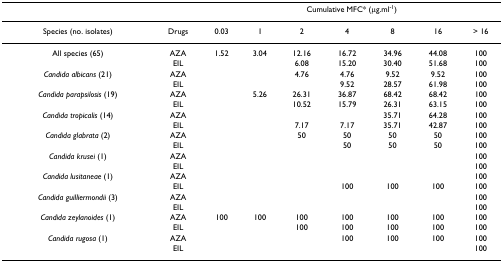
<table><thead><tr><td></td><td></td><td colspan="7"><b>Cumulative MFC* (μg.ml<sup>-1</sup>)</b></td></tr></thead><tbody><tr><td>Species (no. isolates)</td><td>Drugs</td><td>0.03</td><td>1</td><td>2</td><td>4</td><td>8</td><td>16</td><td>&gt; 16</td></tr><tr><td>All species (65)</td><td>AZA</td><td>1.52</td><td>3.04</td><td>12.16</td><td>16.72</td><td>34.96</td><td>44.08</td><td>100</td></tr><tr><td></td><td>EIL</td><td></td><td></td><td>6.08</td><td>15.20</td><td>30.40</td><td>51.68</td><td>100</td></tr><tr><td><i>Candida albicans </i>(21)</td><td>AZA</td><td></td><td></td><td>4.76</td><td>4.76</td><td>9.52</td><td>9.52</td><td>100</td></tr><tr><td></td><td>EIL</td><td></td><td></td><td></td><td>9.52</td><td>28.57</td><td>61.98</td><td>100</td></tr><tr><td><i>Candida parapsilosis </i>(19)</td><td>AZA</td><td></td><td>5.26</td><td>26.31</td><td>36.87</td><td>68.42</td><td>68.42</td><td>100</td></tr><tr><td></td><td>EIL</td><td></td><td></td><td>10.52</td><td>15.79</td><td>26.31</td><td>63.15</td><td>100</td></tr><tr><td><i>Candida tropicalis </i>(14)</td><td>AZA</td><td></td><td></td><td></td><td></td><td>35.71</td><td>64.28</td><td>100</td></tr><tr><td></td><td>EIL</td><td></td><td></td><td>7.17</td><td>7.17</td><td>35.71</td><td>42.87</td><td>100</td></tr><tr><td><i>Candida glabrata </i>(2)</td><td>AZA</td><td></td><td></td><td>50</td><td>50</td><td>50</td><td>50</td><td>100</td></tr><tr><td></td><td>EIL</td><td></td><td></td><td></td><td>50</td><td>50</td><td>50</td><td>100</td></tr><tr><td><i>Candida krusei </i>(1)</td><td>AZA</td><td></td><td></td><td></td><td></td><td></td><td></td><td>100</td></tr><tr><td></td><td>EIL</td><td></td><td></td><td></td><td></td><td></td><td></td><td>100</td></tr><tr><td><i>Candida lusitaneae </i>(1)</td><td>AZA</td><td></td><td></td><td></td><td></td><td></td><td></td><td>100</td></tr><tr><td></td><td>EIL</td><td></td><td></td><td></td><td>100</td><td>100</td><td>100</td><td>100</td></tr><tr><td><i>Candida guilliermondii </i>(3)</td><td>AZA</td><td></td><td></td><td></td><td></td><td></td><td></td><td>100</td></tr><tr><td></td><td>EIL</td><td></td><td></td><td></td><td></td><td></td><td></td><td>100</td></tr><tr><td><i>Candida zeylanoides </i>(1)</td><td>AZA</td><td>100</td><td>100</td><td>100</td><td>100</td><td>100</td><td>100</td><td>100</td></tr><tr><td></td><td>EIL</td><td></td><td></td><td>100</td><td>100</td><td>100</td><td>100</td><td>100</td></tr><tr><td><i>Candida rugosa </i>(1)</td><td>AZA</td><td></td><td></td><td></td><td>100</td><td>100</td><td>100</td><td>100</td></tr><tr><td></td><td>EIL</td><td></td><td></td><td></td><td></td><td></td><td></td><td>100</td></tr></tbody></table>